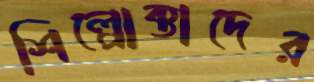
শিল্পোক্তাদের